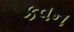
કવન